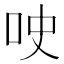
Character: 𫩢